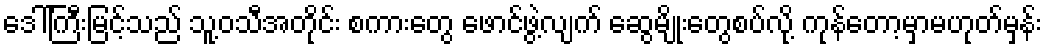
ဒေါ်ကြီးမြင့်သည် သူ့ဝသီအတိုင်း စကားတွေ ဖောင်ဖွဲ့လျက် ဆွေမျိုးတွေစပ်လို့ ကုန်တော့မှာမဟုတ်မှန်း